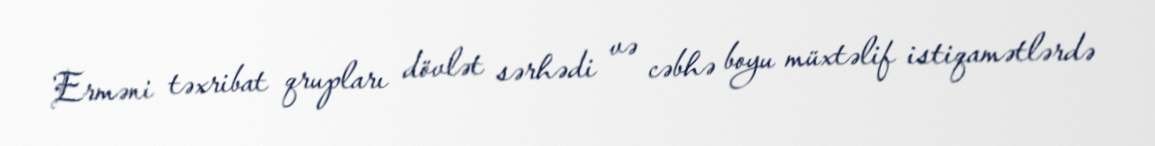
Erməni təxribat qrupları dövlət sərhədi və cəbhə boyu müxtəlif istiqamətlərdə